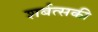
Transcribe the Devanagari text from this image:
शर्बत्सकी